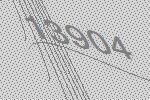
13904